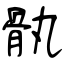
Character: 骫